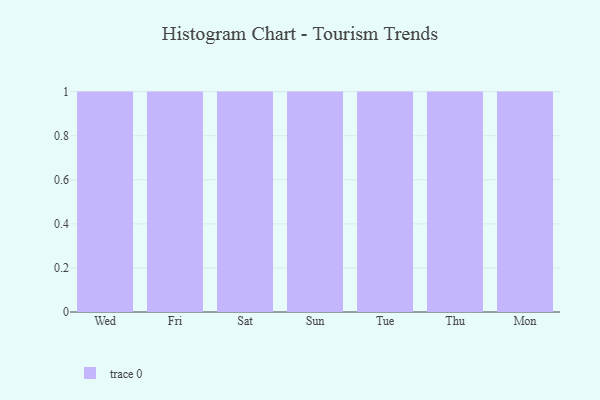
{"axis": {"x": "Day", "y": "Conversion Rate (%)"}, "legend": [""], "data": [{"x": "Wed", "y": 41, "type": ""}, {"x": "Fri", "y": 50, "type": ""}, {"x": "Sat", "y": 80, "type": ""}, {"x": "Sun", "y": 97, "type": ""}, {"x": "Tue", "y": 15, "type": ""}, {"x": "Thu", "y": 90, "type": ""}, {"x": "Mon", "y": 54, "type": ""}]}